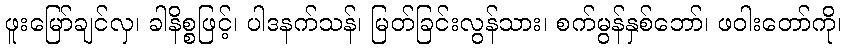
ဖူးမြော်ချင်လှ၊ ခါနိစ္စဖြင့်၊ ပါဒနက်သန်၊ မြတ်ခြင်းလွန်သား၊ စက်မွန်နှစ်ဘော်၊ ဖဝါးတော်ကို၊